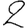
Digit: 2